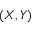
( X , Y )